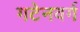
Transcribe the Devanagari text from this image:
गटेनवर्ग